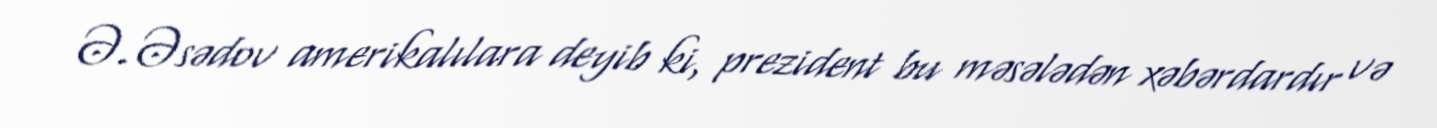
Ə.Əsədov amerikalılara deyib ki, prezident bu məsələdən xəbərdardır və